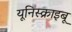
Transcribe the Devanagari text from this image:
यूनिस्क्राइबू